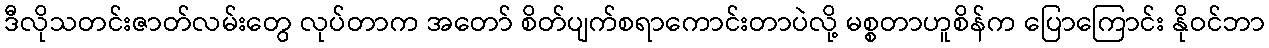
ဒီလိုသတင်းဇာတ်လမ်းတွေ လုပ်တာက အတော် စိတ်ပျက်စရာကောင်းတာပဲလို့ မစ္စတာဟူစိန်က ပြောကြောင်း နိုဝင်ဘာ